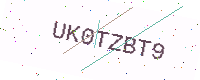
Text: UK0TZBT9